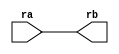
// SPDX-License-Identifier: Apache-2.0
// Copyright (C) 2019 Intel Corporation. 
module aibcr3_aliasd(ra, rb);
 input ra;
 output rb;
  assign rb = ra;
endmodule